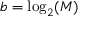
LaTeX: b = \log _ { 2 } ( M )